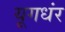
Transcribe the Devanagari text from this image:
यूगधंर